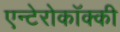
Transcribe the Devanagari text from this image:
एन्टेरोकॉक्की